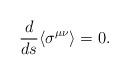
LaTeX: \begin{align*}\frac{d}{ds}\langle \sigma ^{\mu \nu} \rangle =0. \end{align*}